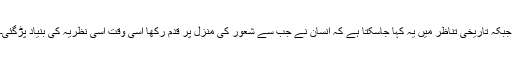
جبکہ تاریخی تناظر میں یہ کہا جاسکتا ہے کہ انسان نے جب سے شعور کی منزل پر قدم رکھا اسی وقت اسی نظریہ کی بنیاد پڑگئی۔